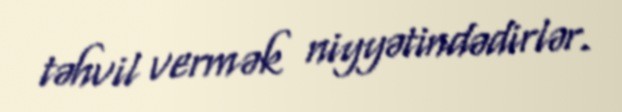
təhvil vermək niyyətindədirlər.